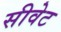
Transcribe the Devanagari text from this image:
सीवेट